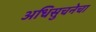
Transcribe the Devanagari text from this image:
अधिसुचनेचा